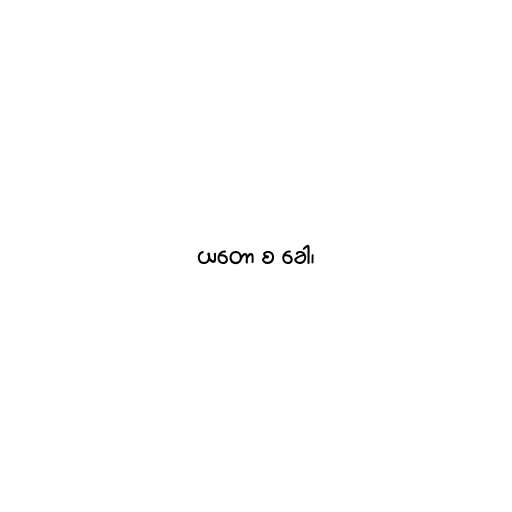
ယတော စ ခေါ၊